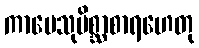
ကာမေသုမိစ္ဆာစာရဟေတု